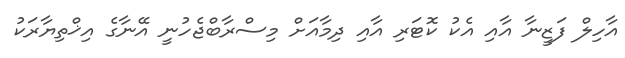
އާހިލް ފަޒީނާ އާއި އެކު ކޮޓަރި އާއި ދިމާއަށް މިސްރާބްޖެހުނީ އޭނާގެ އިޚްތިޔާރަކު